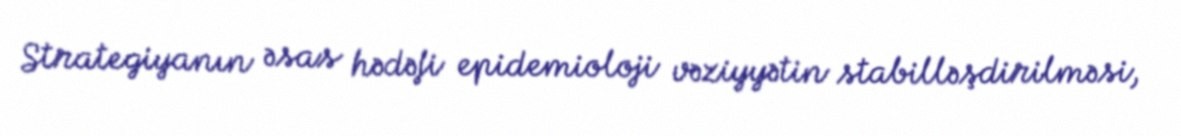
Strategiyanın əsas hədəfi epidemioloji vəziyyətin stabilləşdirilməsi,